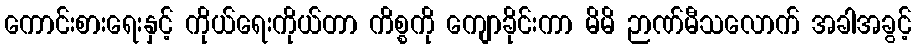
ကောင်းစားရေးနှင့် ကိုယ်ရေးကိုယ်တာ ကိစ္စကို ကျောခိုင်းကာ မိမိ ဉာဏ်မီသလောက် အခါအခွင့်